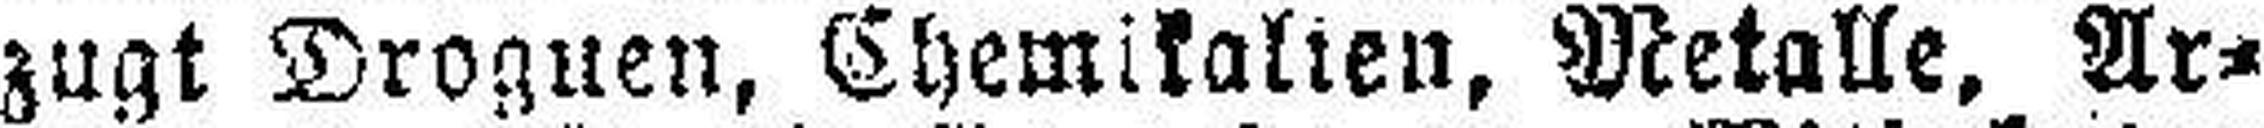
zugt Droguen, Chemikalien, Metalle, Ar¬